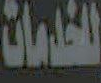
للخدمات